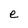
Character: e